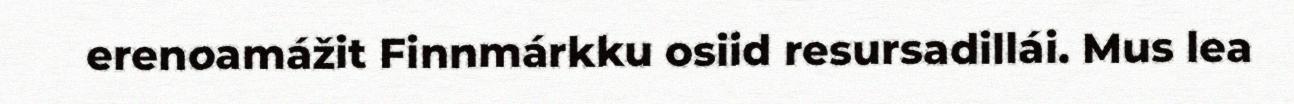
erenoamážit Finnmárkku osiid resursadillái. Mus lea